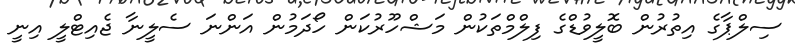
ސިލްޕާގެ އިތުރުން ބޮލީވުޑްގެ ފިލްމްތަކުން މަޝްހޫރުކަން ހޯދަމުން އަންނަ ސެލީނާ ޖެއިޓްލީ އިނީ